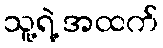
သူ့ရဲ့ အထက်